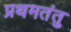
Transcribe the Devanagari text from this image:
प्रथमतंतु